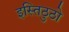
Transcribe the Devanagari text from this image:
इस्तिठुठो